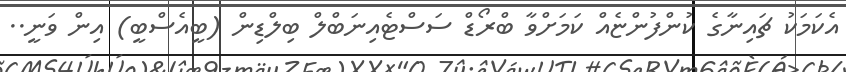
އެކަމަކު ޗައިނާގެ ކުންފުންޏެއް ކަމަށްވާ ބްރޯޑް ސަސްޓެއިނަބްލް ބިލްޑިން (ބީއެސްބީ) އިން ވަނީ..